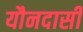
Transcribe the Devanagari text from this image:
यौनदासी